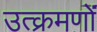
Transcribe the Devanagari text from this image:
उत्क्रमणों